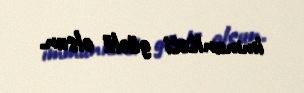
immuniteti güclü olsun.